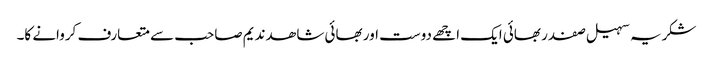
شکریہ سہیل صفدر بھائی ایک اچھے دوست اور بھائی شاھد ندیم صاحب سے متعارف کروانے کا۔